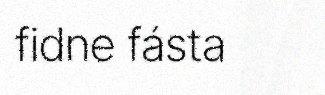
fidne fásta